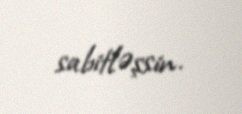
sabitləşsin.